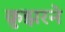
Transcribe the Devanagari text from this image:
क्रुझरने